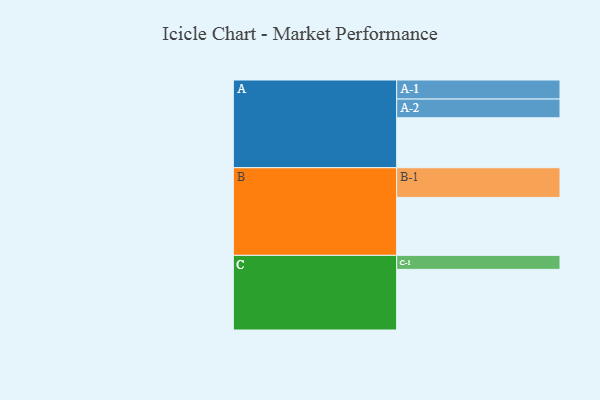
{"axis": {"x": "Segment", "y": "Value"}, "legend": ["", "A", "B", "C"], "data": [{"x": "A", "y": 453, "type": ""}, {"x": "B", "y": 526, "type": ""}, {"x": "C", "y": 550, "type": ""}, {"x": "A-1", "y": 173, "type": "A"}, {"x": "A-2", "y": 170, "type": "A"}, {"x": "B-1", "y": 269, "type": "B"}, {"x": "C-1", "y": 127, "type": "C"}]}